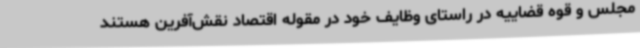
مجلس و قوه قضاییه در راستای وظایف خود در مقوله اقتصاد نقش‌آفرین هستند